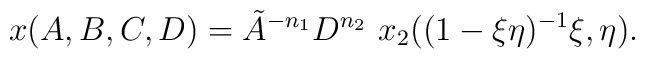
x(A,B,C,D) = \tilde A^{-n_1} D^{n_2} \ x_2((1-\xi \eta)^{-1}\xi,\eta).